Scientific memoirs by medical officers of the Army of India - Part VIII,
Year: 1894
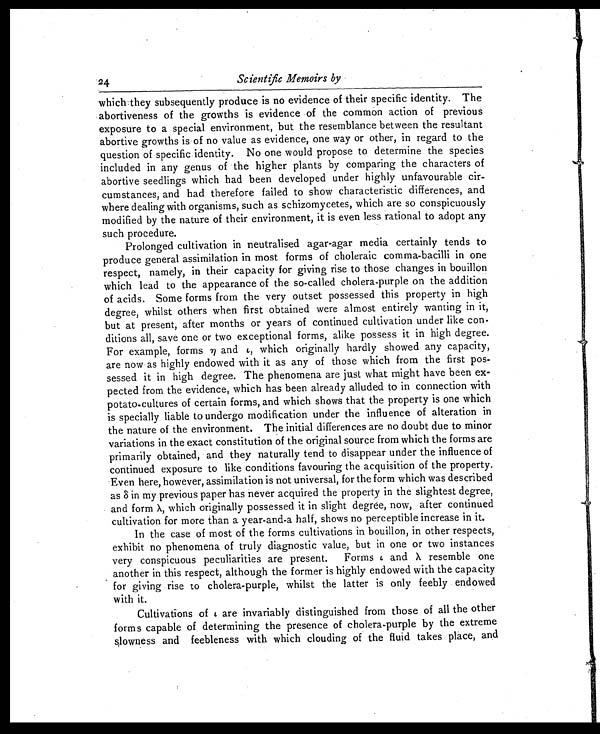
2 4
Scientific Memoirs by
which they subsequently produce is no evidence of their specific identity. The
abortiveness of the growths is evidence of the common action of previous
exposure to a special environment, but the resemblance between the resultant
abortive growths is of no value as evidence, one way or other, in regard to the
question of specific identity. No one would propose to determine the species
included in any genus of the higher plants by comparing the characters of
abortive seedlings which had been developed under highly unfavourable cir-
cumstances, and had therefore failed to show characteristic differences, and
where dealing with organisms, such as schizomycetes, which are so conspicuously
modified by the nature of their environment, it is even less rational to adopt any
such procedure.
Prolonged cultivation in neutralised agar-agar media certainly tends to
produce general assimilation in most forms of choleraic comma-bacilli in one
respect, namely, in their capacity for giving rise to those changes in bouillon
which lead to the appearance of the so-called cholera-purple on the addition
of acids. Some forms from the very outset possessed this property in high
degree, whilst others when first obtained were almost entirely wanting in it,
but at present, after months or years of continued cultivation under like con-
ditions all, save one or two exceptional forms, alike possess it in high degree.
For example, forms η and ς, which originally hardly showed any capacity,
are now as highly endowed with it as any of those which from the first pos-
sessed it in high degree. The phenomena are just what might have been ex-
pected from the evidence, which has been already alluded to in connection with
potato-cultures of certain forms, and which shows that the property is one which
is specially liable to undergo modification under the influence of alteration in
the nature of the environment. The initial differences are no doubt due to minor
variations in the exact constitution of the original source from which the forms are
primarily obtained, and they naturally tend to disappear under the influence of
continued exposure to like conditions favouring the acquisition of the property.
Even here, however, assimilation is not universal, for the form which was described
as δ in my previous paper has never acquired the property in the slightest degree,
and form λ, which originally possessed it in slight degree, now, after continued
cultivation for more than a year-and-a half, shows no perceptible increase in it.
In the case of most of the forms cultivations in bouillon, in other respects,
exhibit no phenomena of truly diagnostic value, but in one or two instances
very conspicuous peculiarities are present. Forms ι a n d
λ r e s e m b l e o n e
another in this respect, although the former is highly endowed with the capacity
for giving rise to cholera-purple, whilst the latter is only feebly endowed
with it.
Cultivations of ι a r e i n v a r i a b l y d i s t i n g u i s h e d f r o m t h o s e o f a l l t h e o t h e r
forms capable of determining the presence of cholera-purple by the extreme
slowness and feebleness with which clouding of the fluid takes place, and